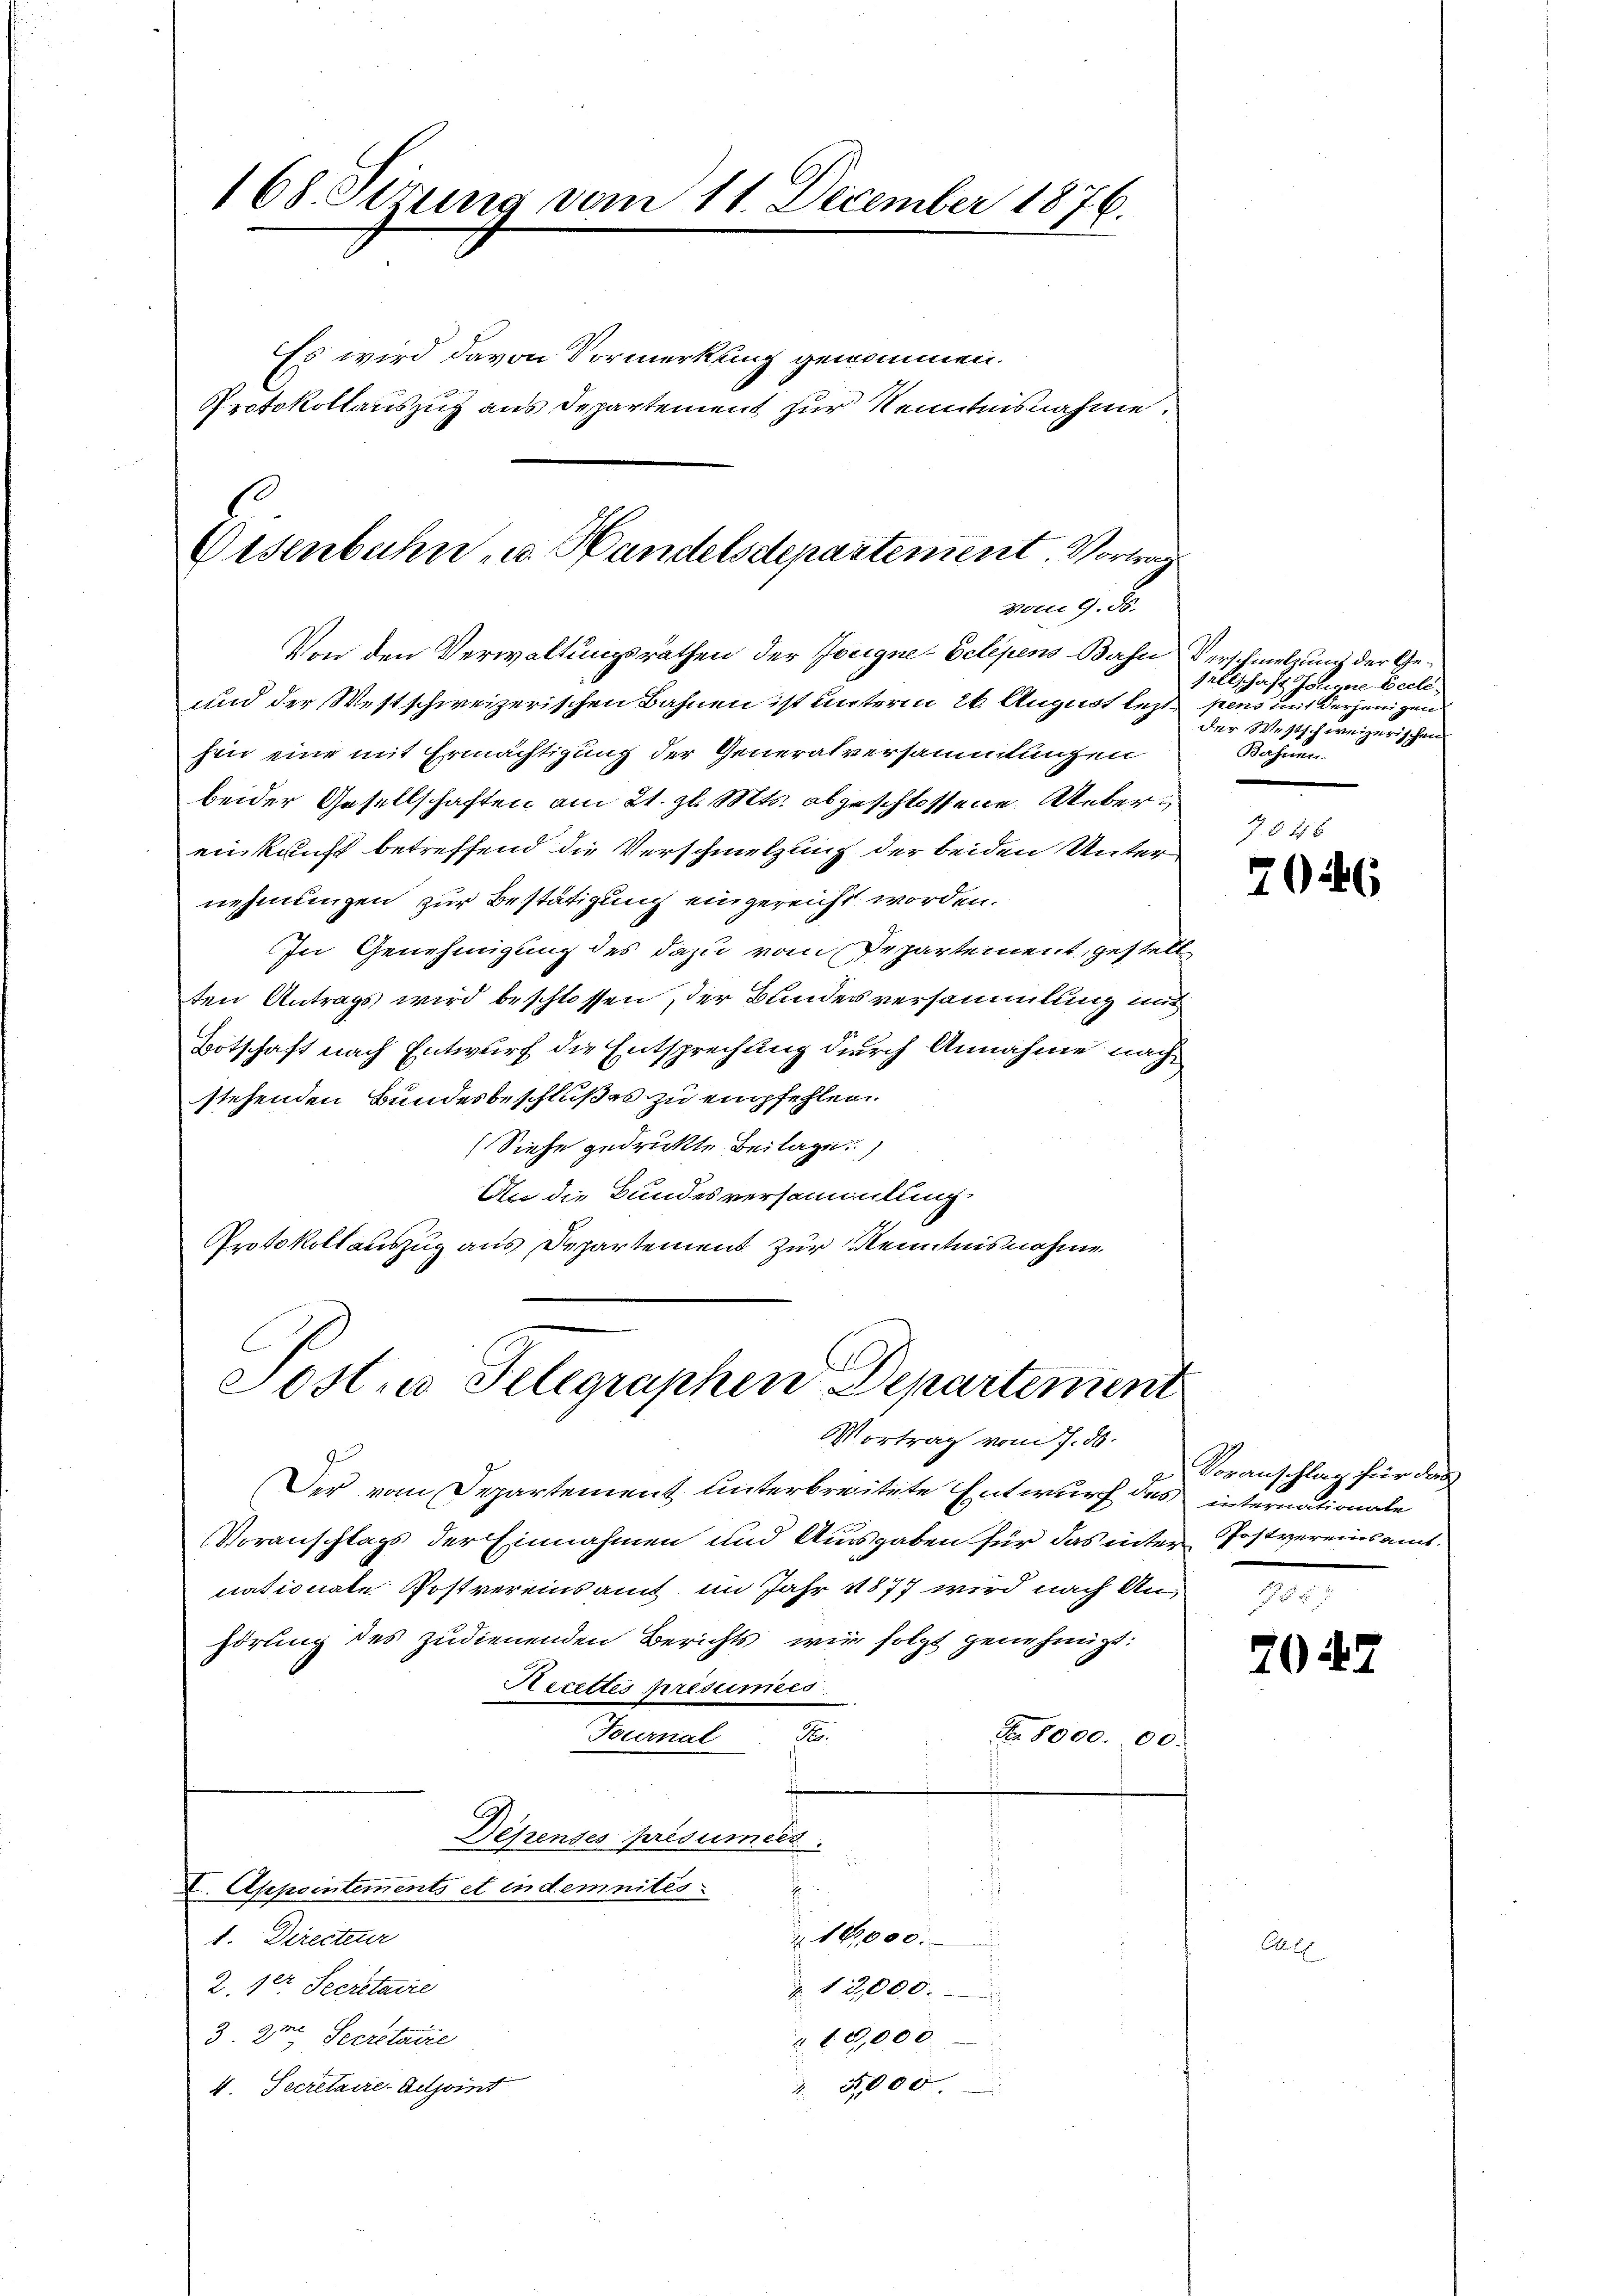
168. Sirung vom 11. December 1876.

Osenbahn u. Handelsdepartement. Vortrag
vom 9. ds.

Es wird davon Vormerkung genommen.
Protokollauszug aus Departement zur Kenntnisnahme.

Post. Telegraphen Departement
Vortrag vom 7. ds.

Von den Verwaltungsräthen der Zeugne-Telepens Bahn Verschmelzung der Ge¬
und der Westschweizerischen Bahnen ist unterm 26. August lezt pens mit derjenigen
hen eine mit Ermächtigung der Generalversammlungen
beider Gesellschaften am 21. gl. Mts. abgeschlossene Uebereinkunft betreffend die Verschmelzung der beiden Unternehmungen zur Bestätigung eingereicht worden.
In Genehmigung des dazu vom Departement, gestell
ten Antrags wird beschlossen, der Bundesversammlung mit
Botschaft nach Entwurf die Entsprechung durch Annahme nach
stehenden Bundesbeschlußes zu empfehlen.
(Siehe gedruckte Beilage)
An die Bundesversammlung.
Protokollauszug aus Departement zur Kenntnisnahme

Der vom Departement unterbreitete Entwurf des internationale
Voranschlags der Einnahmen und Ausgaben für das inter Postvereinsamtnationate Postvereinsamt im Jahr 1877 wird nach Anhörung des zudienenden Berichts wir folgt genehmigt:
Recettes présumées.
A.
Tocernal
Nr. 8000. 00.
Deszenses présumées.

E. Appointements et indemnités
.
1. Directeur
16,000.
2. der Secretaire
12,000.
3 am Secretaire
10,000.
3,000
4. Secretaire-Adjoint

sellschaft Journe Beeli,
der Westschweizerischen
Behnen.

726

Voranschlag für das

2047